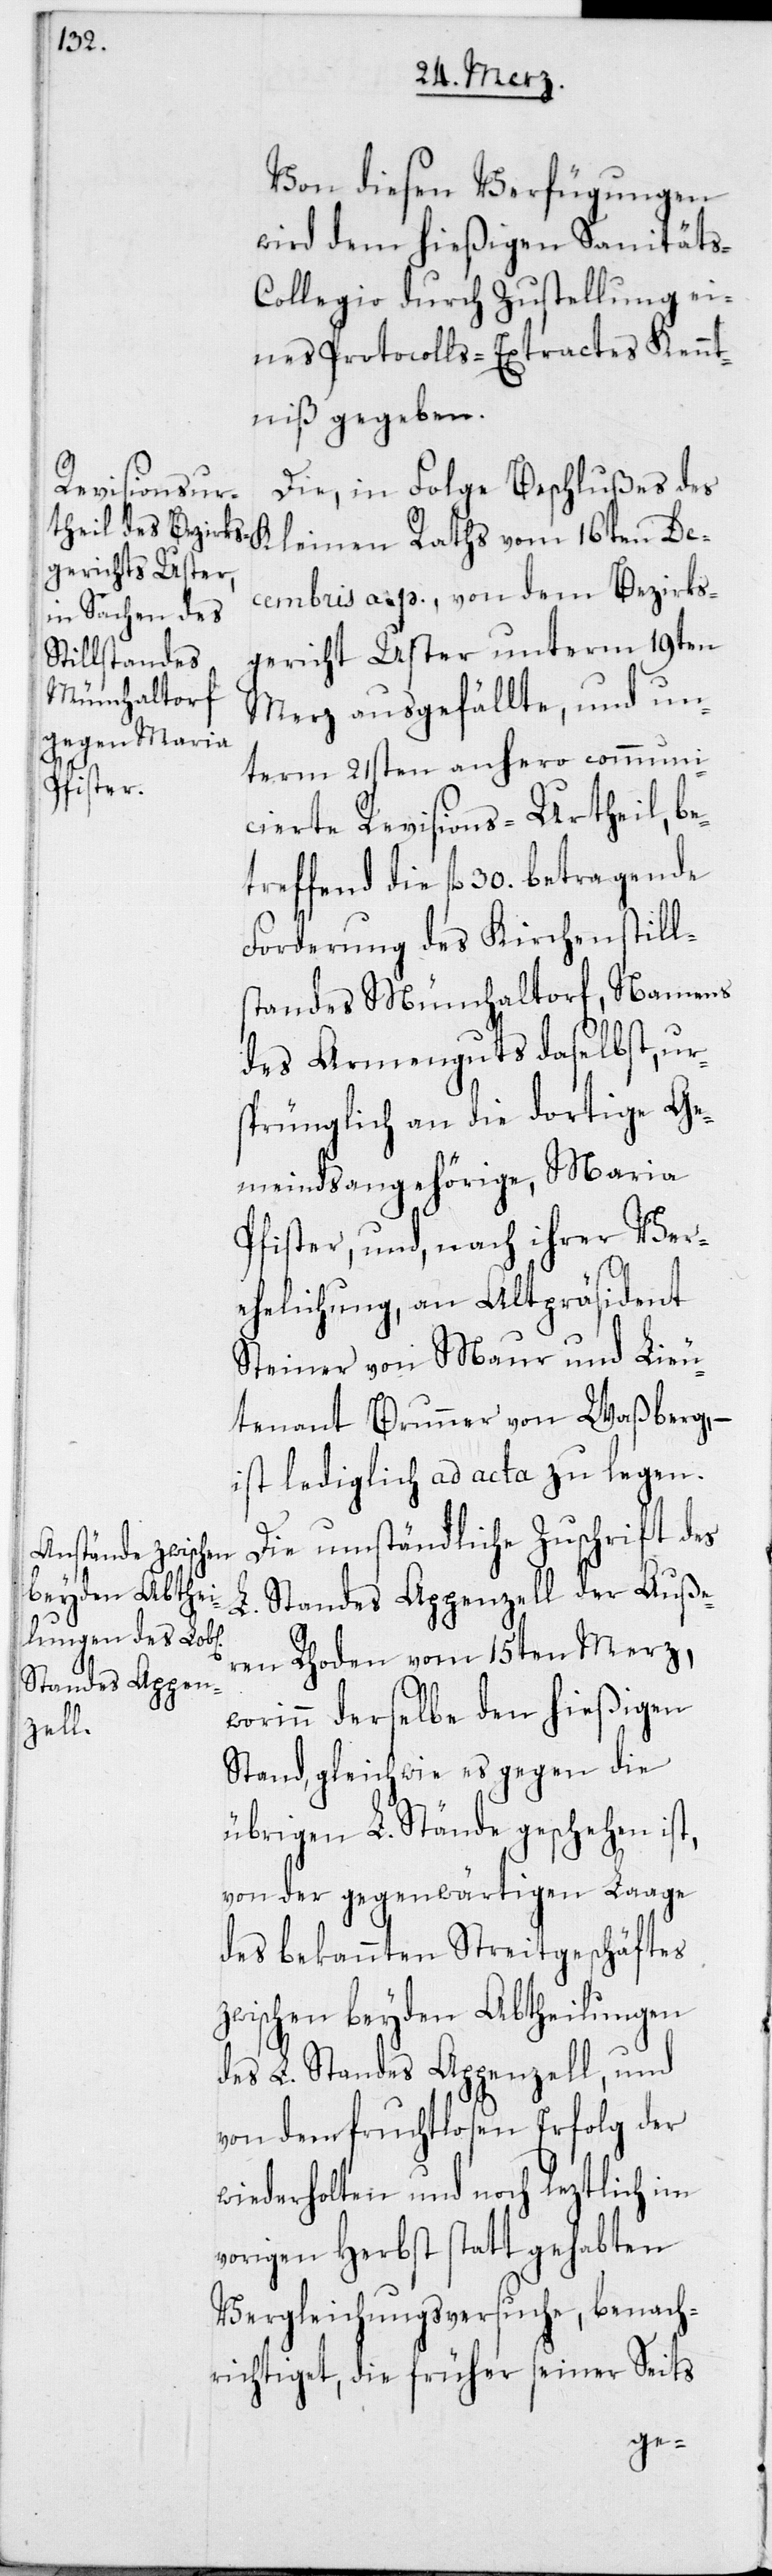
Von diesen Verfügungen
wird dem hießigen Sanitäts-C¬
ollegio durch Zustellung ei¬
nes Protocoll-Extractes Kennt¬
niß gegeben.
Die, in Folge Beschlußes des
Decembris a. p., von dem Bezirks¬
gericht Uster unterm 19ten
Merz ausgefällte, und un¬
term 21sten anhero communi¬
cierte Revisions-Urtheil, be¬
treffend die fl. 30. betragende
Forderung des Kirchenstills¬
tandes Münchaltorf, Namens
des Armenguts daselbst, ur¬
sprünglich an die dortige Ge¬
meindsangehörige, Maria
Pfister, und nach ihrer Ver¬
ehelichung, an Altpräsident
Steiner von Maur und Lieu¬
tenant Brunner von Waßberg, –
ist lediglich ad acta zu legen.
Die umständliche Zuschrift des
L. Standes Appenzell der Auße¬
ren Rhoden vom 15ten Merz,
worinn derselbe den hießigen
Stand, gleichwie es gegen die
übrigen L. Stände geschehen ist,
von der gegenwärtigen Lage
des bekannten Streitgeschäftes
zwischen beyden Abtheilungen
des L. Standes Appenzell, und
von dem fruchtlosen Erfolg der
wiederholten und noch leztlich im
vorigen Herbst statt gehabten
Vergleichungsversuche, benach¬
richtiget, die früher seiner Seits